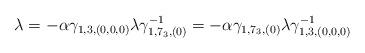
LaTeX: \begin{align*}\lambda = - \alpha \gamma_{1, 3, (0, 0, 0)} \lambda \gamma^{-1}_{1,7_3, (0)} = - \alpha \gamma_{1, 7_3, (0)} \lambda \gamma^{-1}_{1, 3,(0, 0, 0)}\end{align*}